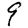
Digit: 9